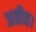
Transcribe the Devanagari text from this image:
अतीत।